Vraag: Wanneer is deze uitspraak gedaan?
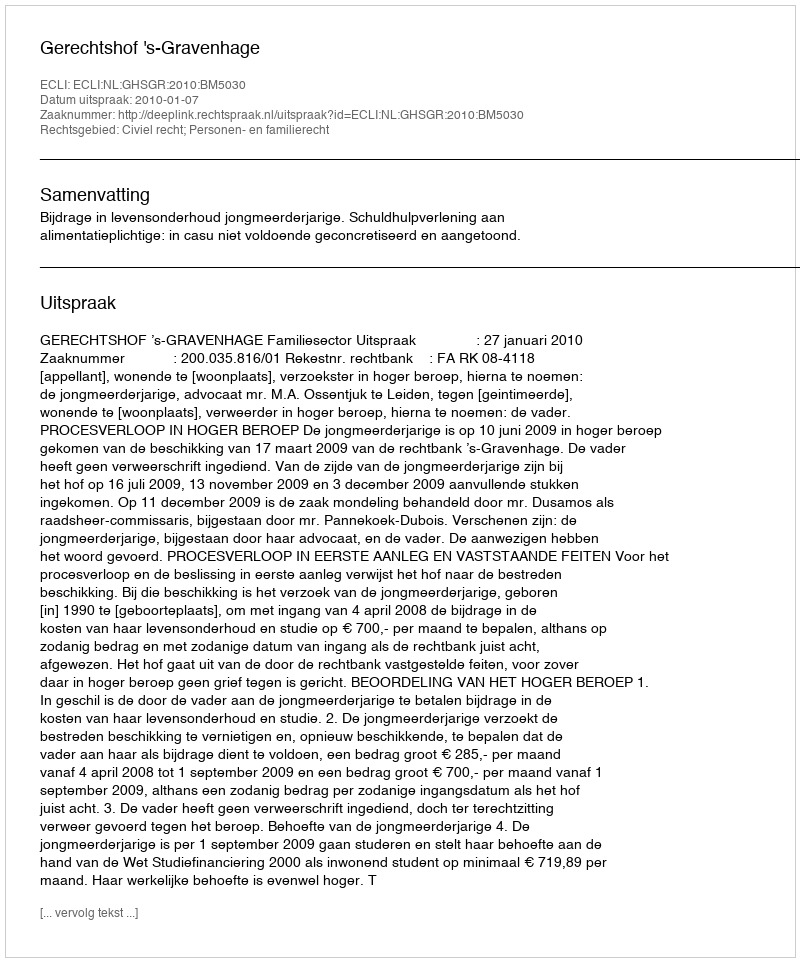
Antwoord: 2010-01-07